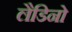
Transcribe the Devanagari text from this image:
लैडिनो